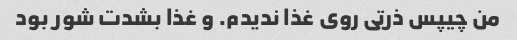
من چیپس ذرتی روی غذا ندیدم. و غذا بشدت شور بود